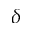
\delta